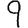
Digit: 9